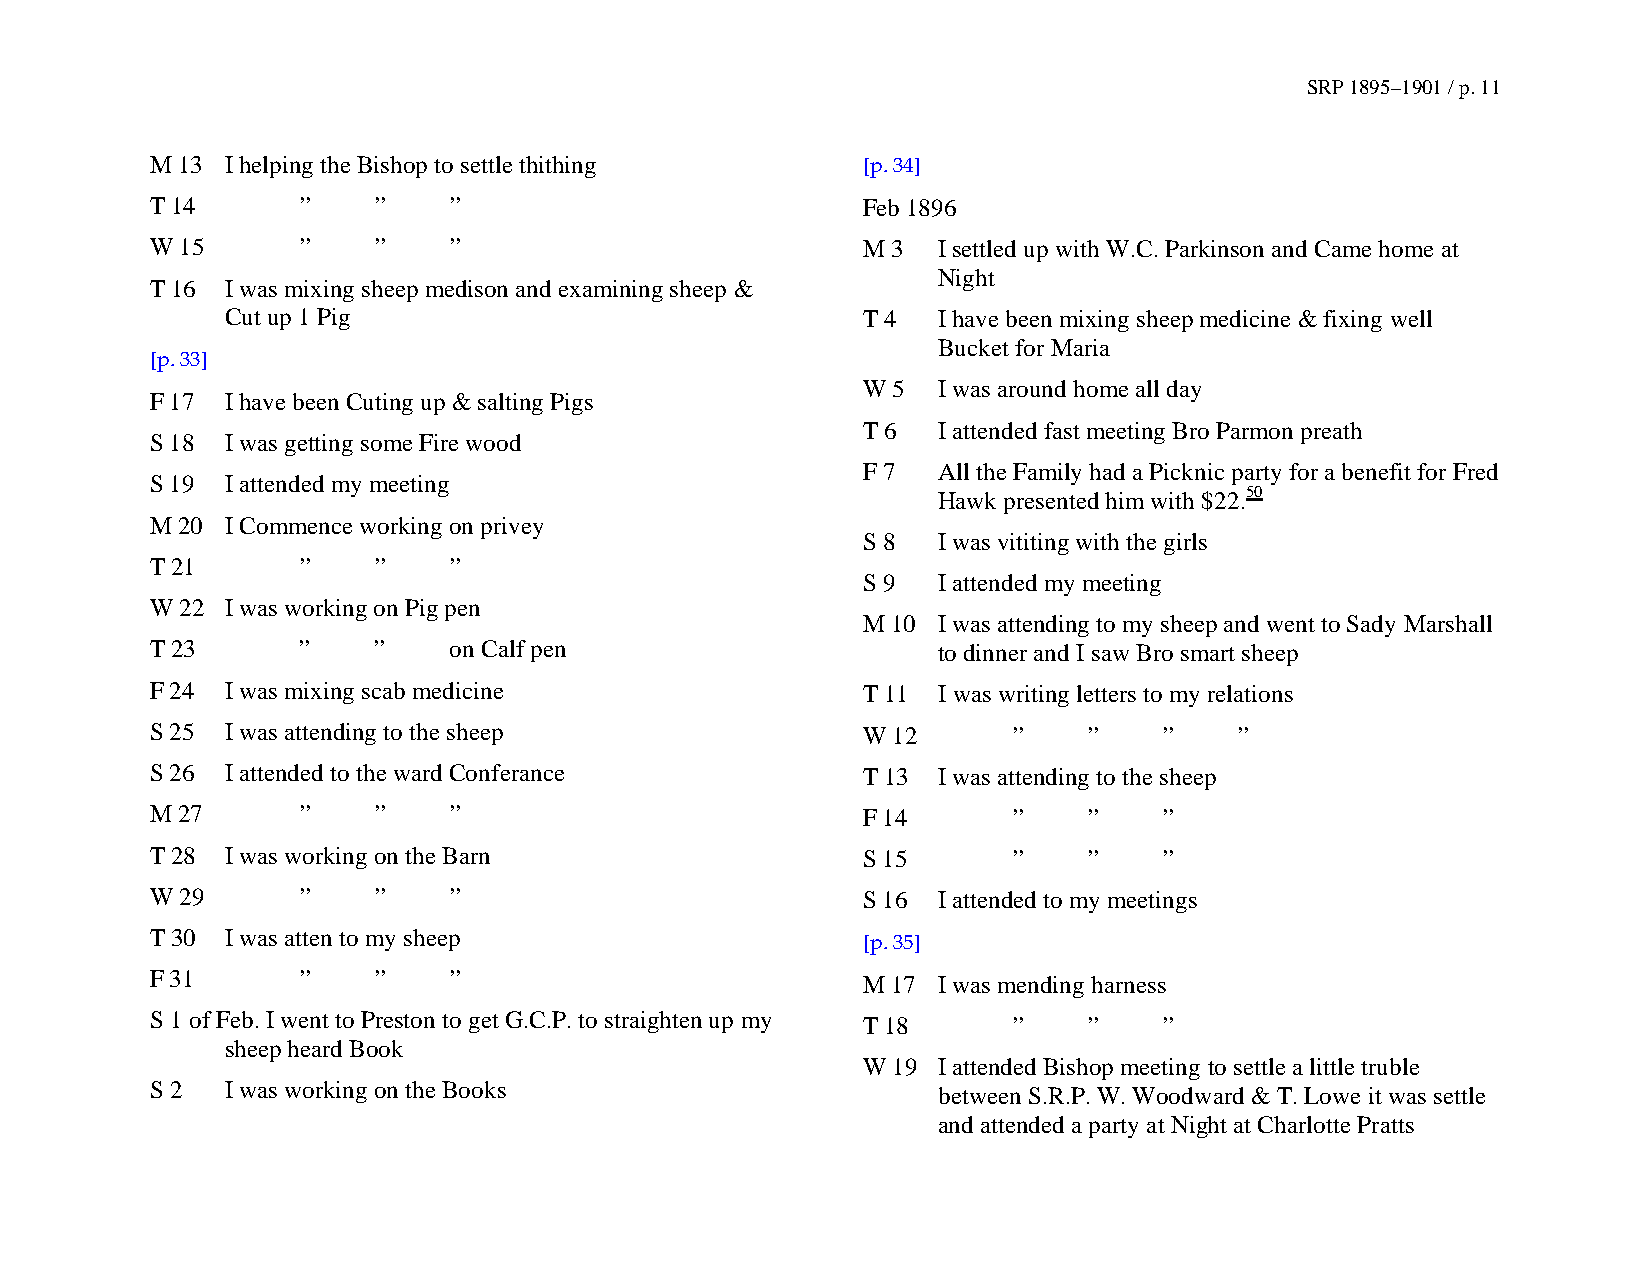
SRP 1895–1901 / p. 11
 M 13 I helping the Bishop to settle thithing   [p. 34]
 T 14      ”    ”    ”                          Feb 1896
 W 15      ”    ”    ”                          M 3  I settled up with W.C. Parkinson and Came home at
 Night
 T 16 I was mixing sheep medison and examining sheep &
 Cut up 1 Pig                              T 4  I have been mixing sheep medicine & fixing well
 Bucket for Maria
 [p. 33]
 W 5  I was around home all day
 F 17 I have been Cuting up & salting Pigs
 T 6  I attended fast meeting Bro Parmon preath
 S 18 I was getting some Fire wood
 F 7  All the Family had a Picknic party for a benefit for Fred
 S 19 I attended my meeting
 Hawk presented him with $22.50
 M 20 I Commence working on privey
 S 8  I was vititing with the girls
 T 21      ”    ”    ”
 S 9  I attended my meeting
 W 22 I was working on Pig pen
 M 10 I was attending to my sheep and went to Sady Marshall
 T 23      ”    ”    on Calf pen                     to dinner and I saw Bro smart sheep
 F 24 I was mixing scab medicine                T 11 I was writing letters to my relations
 S 25 I was attending to the sheep              W 12      ”    ”    ”    ”
 S 26 I attended to the ward Conferance         T 13 I was attending to the sheep
 M 27      ”    ”    ”                          F 14      ”    ”    ”
 T 28 I was working on the Barn                 S 15      ”    ”    ”
 W 29      ”    ”    ”                          S 16 I attended to my meetings
 T 30 I was atten to my sheep
 [p. 35]
 F 31      ”    ”    ”                          M 17 I was mending harness
 S 1 of Feb. I went to Preston to get G.C.P. to straighten up my T 18 ” ” ”
 sheep heard Book
 W 19 I attended Bishop meeting to settle a little truble
 S 2  I was working on the Books                     between S.R.P. W. Woodward & T. Lowe it was settle
 and attended a party at Night at Charlotte Pratts